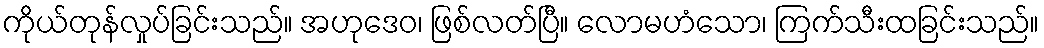
ကိုယ်တုန်လှုပ်ခြင်းသည်။ အဟုဒေဝ၊ ဖြစ်လတ်ပြီ။ လောမဟံသော၊ ကြက်သီးထခြင်းသည်။